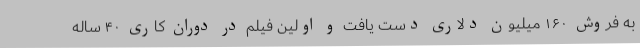
به فروش ۱۶۰ میلیون دلاری دست یافت و اولین فیلم در دوران کاری ۴۰ ساله